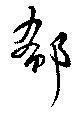
郗